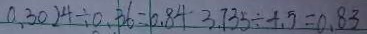
0 . 3 0 2 4 \div 0 . 3 6 = 0 . 8 4 3 . 7 3 5 \div 4 . 5 = 0 . 8 3